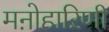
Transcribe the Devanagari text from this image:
मऩोहाऱिणी